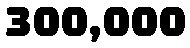
300,000